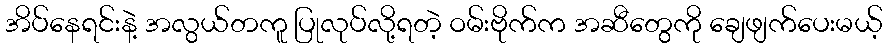
အိပ်နေရင်းနဲ့ အလွယ်တကူ ပြုလုပ်လို့ရတဲ့ ဝမ်းဗိုက်က အဆီတွေကို ချေဖျက်ပေးမယ့်